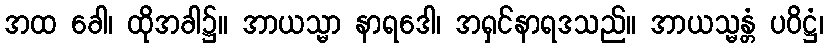
အထ ခေါ၊ ထိုအခါ၌။ အာယသ္မာ နာရဒေါ၊ အရှင်နာရဒသည်။ အာယသ္မန္တံ ပဝိဋ္ဌံ၊